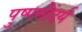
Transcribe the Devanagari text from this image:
पुष्पसौंदर्य